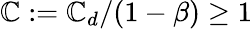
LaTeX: \mathbb{C}:=\mathbb{C}_{d}/(1-\beta)\geq1